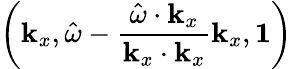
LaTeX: \left(\mathbf{k}_{x},\hat{\omega}-\frac{\hat{\omega}\cdot\mathbf{k}_{x}}{\mathbf{k}_{x}\cdot\mathbf{k}_{x}}\mathbf{k}_{x},\mathbf{1}\right)